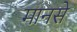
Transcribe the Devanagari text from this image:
मानसे